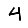
Digit: 4